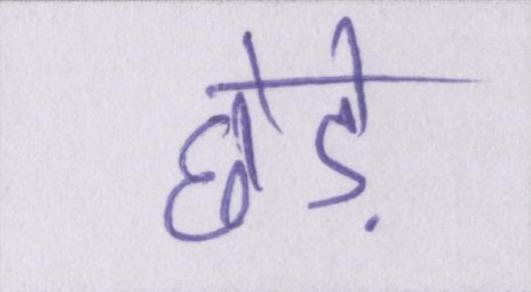
छेड़े